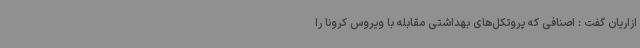
ازاریان گفت : اصنافی که پروتکل‌های بهداشتی مقابله با ویروس کرونا را